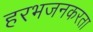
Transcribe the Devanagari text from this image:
हरभजनकरता